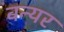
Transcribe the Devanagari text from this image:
वन्यर